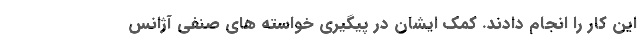
این کار را انجام دادند. کمک ایشان در پیگیری خواسته های صنفی آژانس